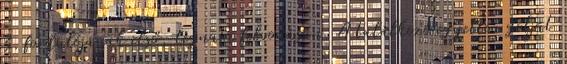
3. fordulójának első, tegnapi felvonásán. A találkozó egyetlen gólját